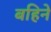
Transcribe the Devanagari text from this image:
बहिने